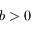
b > 0